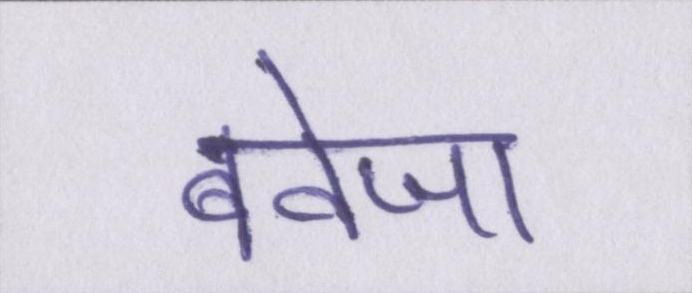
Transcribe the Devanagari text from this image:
बवेजा